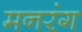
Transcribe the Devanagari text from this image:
मनरंग